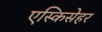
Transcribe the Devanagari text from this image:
एस्किसेहर